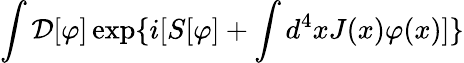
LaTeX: \int{\cal D}[\varphi]\exp\{ i[S[\varphi]+\int d^{4}xJ(x)\varphi(x)]\}